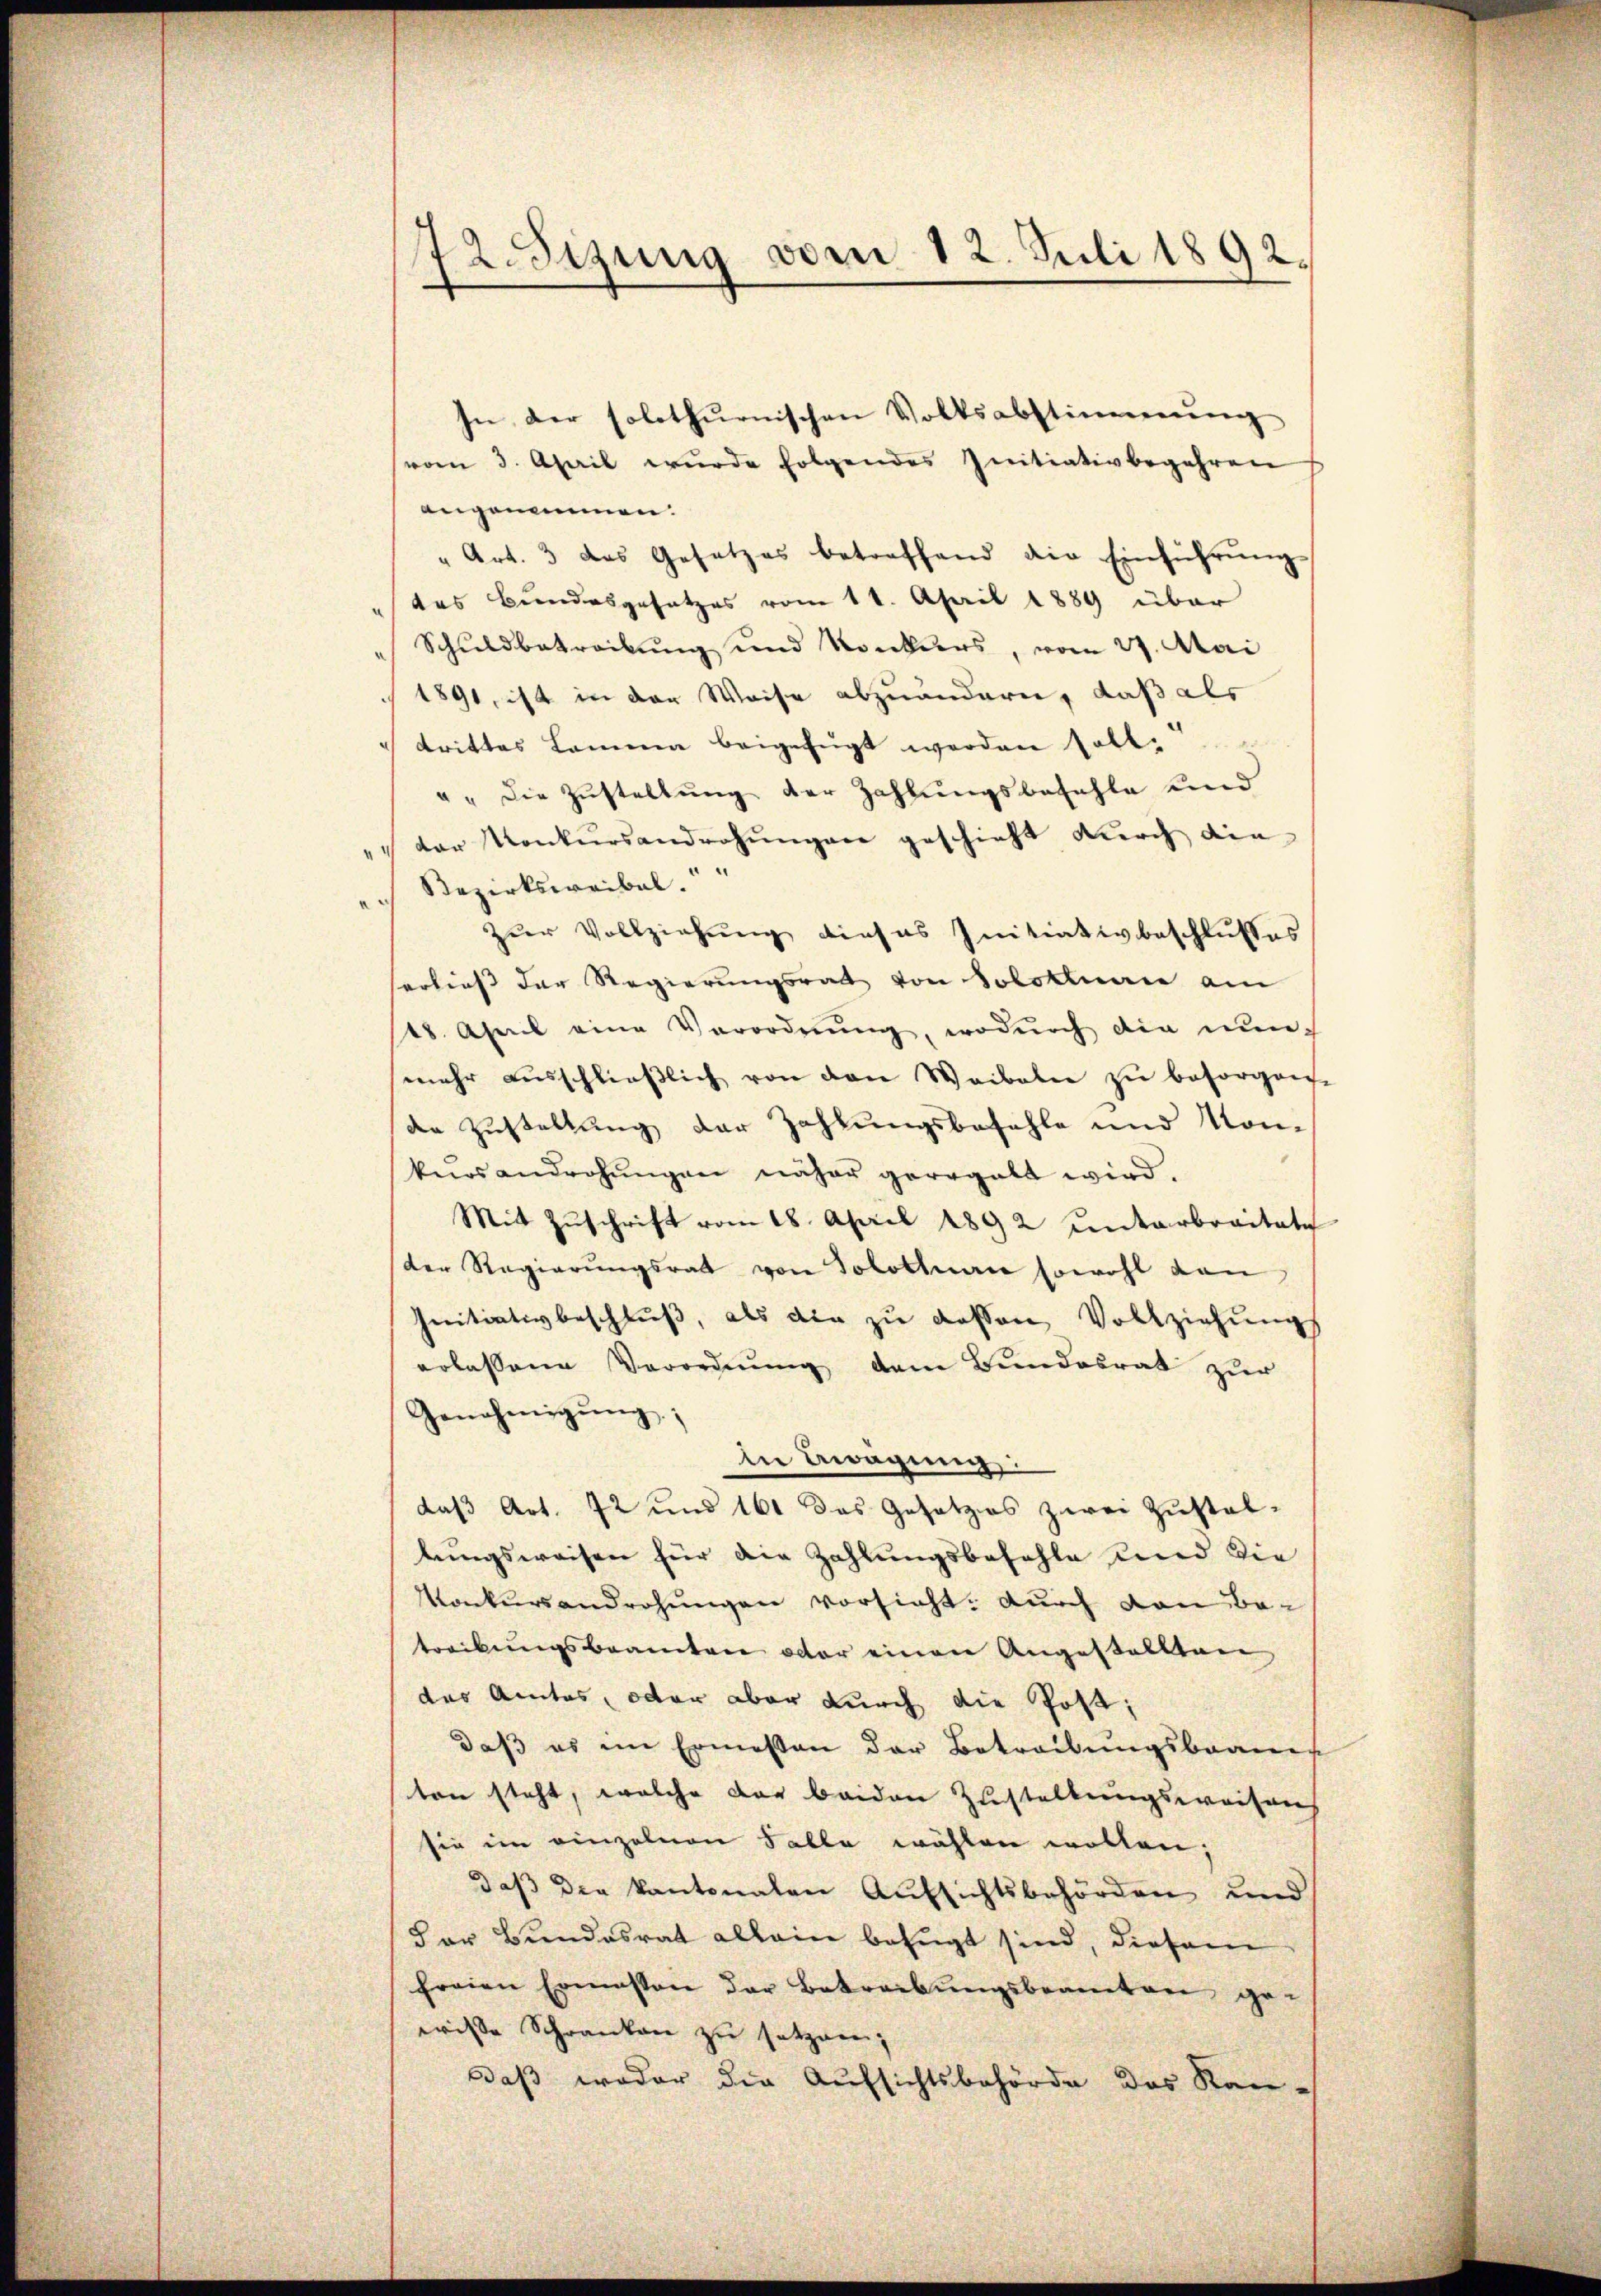
72. Sizung vom 12. Juli 1892.

In der solothurnischen Volksabstimmung
vom 3. April wurde folgendes Initiativbegehren
angenommen.
" Art. 3 das Gesetzes betreffend die Einführŭng
des Bundesgesetzes vom 11. April 1889 über
Schuldbetreibung und Konkurs, vom 27. Mai
1891, ist in der Weise abzuändern, daß als
trittes Lemma beigefügt werden hatt.
" " die Zustellung der Zahlungsbefehle und
" der Konkŭrsandrohŭngen geschieht durch die
Bezirksweibel
n
zur Vollziehung dieses Initiativbeschlußes
sorties der Regierungsrath von Solothurn am
18. April eine Verordnŭng, wodŭrch die nŭn-
mehr aŭsschlieβlich von den Waibeln zŭ besorgen.
de Zustellung der Zahlungsbefehle und Kon-
kros androhŭngen näher geregelt wird.
Mit Zŭschrift vom 18. April 1892 unterbreitete
der Regierŭngsrat von Solothur sowohl dan
Initiativbeschluß, als die zu dessen Vollziehungs
erlassene Verordnung dem Bundesrat zur
Genehmigŭng:
In Biragung
daß Art. 72 und 161 das Gesetzes zwei Zustallungsweisen für die Zahlungsbefehle und die
Konkursandrohungen vorsicht, durch von Betreibungsbeamten oder einen Angestellten
das Amtes, oder aber durch die Post,
daß es im Ermessen der Betreibungsbrauch
ten steht, welche der beiden Zustellungsweisung
sie im einzelnen Falle wählen wollen;
daß die kantonalen Aufsichtsbehörden und
dor Bundesrat allein befugt sind, diesem
freien Ermessen der Betreibŭngsbeanten ge-
wisse Schranken zu setzen,
Daß weder die Aufsichtsbehörde des Rau¬